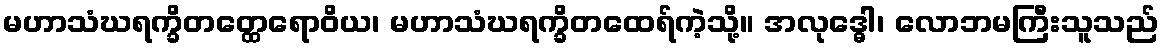
မဟာသံဃရက္ခိတတ္ထေရောဝိယ၊ မဟာသံဃရက္ခိတထေရ်ကဲ့သို့။ အလုဒ္ဓေါ၊ လောဘမကြီးသူသည်